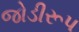
જોડીરૂપ